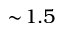
\sim \! 1 . 5